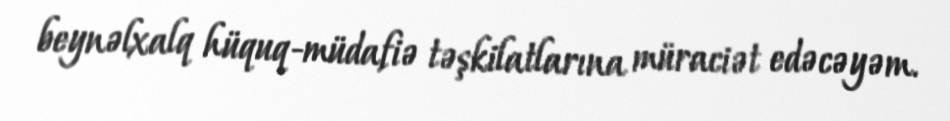
beynəlxalq hüquq-müdafiə təşkilatlarına müraciət edəcəyəm.